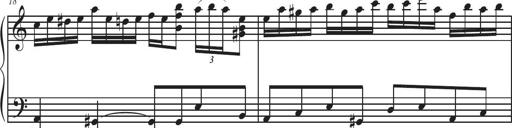
Title: Sonatina Espania
Composer: Jerald Franklin Archer
Key: Various